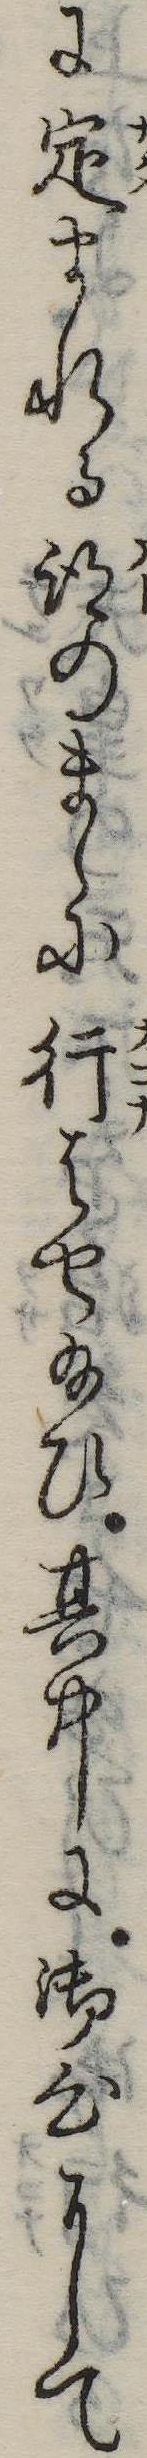
に定まれる跡のまゝに行はせ給ひ其中に御心にて